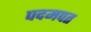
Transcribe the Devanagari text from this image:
पदमपत